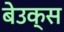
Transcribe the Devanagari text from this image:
बेउक्स